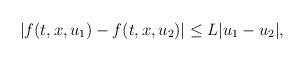
LaTeX: \begin{align*} |f(t,x,u_1)-f(t,x,u_2)|\leq L|u_1-u_2|, \end{align*}